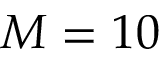
M = 1 0